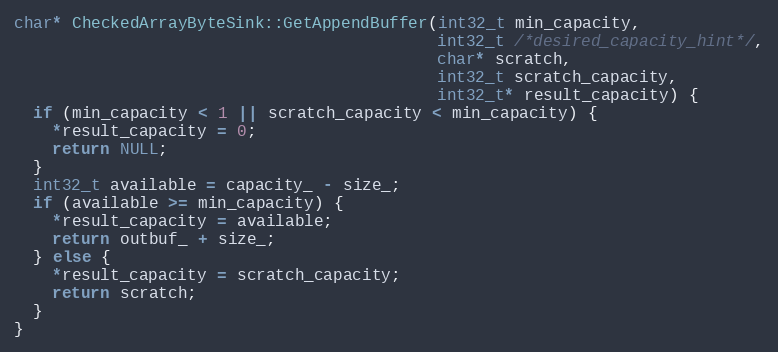
Language: C++
char* CheckedArrayByteSink::GetAppendBuffer(int32_t min_capacity,
                                            int32_t /*desired_capacity_hint*/,
                                            char* scratch,
                                            int32_t scratch_capacity,
                                            int32_t* result_capacity) {
  if (min_capacity < 1 || scratch_capacity < min_capacity) {
    *result_capacity = 0;
    return NULL;
  }
  int32_t available = capacity_ - size_;
  if (available >= min_capacity) {
    *result_capacity = available;
    return outbuf_ + size_;
  } else {
    *result_capacity = scratch_capacity;
    return scratch;
  }
}